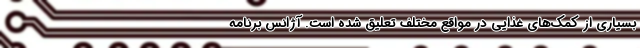
بسیاری از کمک‌های غذایی در مواقع مختلف تعلیق شده است. آژانس برنامه